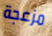
مزعجة